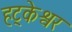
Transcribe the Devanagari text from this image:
हट्केश्वर